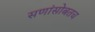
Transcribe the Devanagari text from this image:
सणांसोबतच